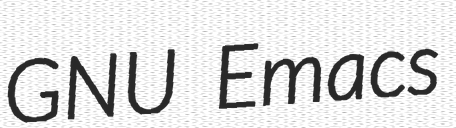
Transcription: GNU Emacs